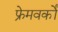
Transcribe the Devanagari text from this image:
फ्रेमवर्कों